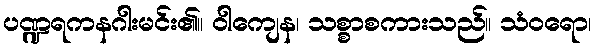
ပဏ္ဍရကနဂါးမင်း၏။ ဝါကျေန၊ သစ္စာစကားသည်။ သံဝရော၊